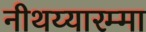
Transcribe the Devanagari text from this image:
नीथय्यारम्मा